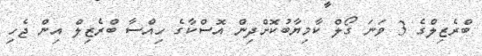
ބްރެޒިލްގެ 3 ވަނަ ގޯލް ކާމިޔާބުކޮށްދިން އޮސްކާގެ ހިއްސާ ބްރެޒިލް އިން ޖެހި